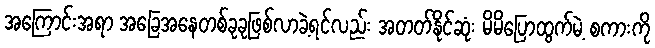
အကြောင်းအရာ အခြေအနေတစ်ခုခုဖြစ်လာခဲ့ရင်လည်း အတတ်နိုင်ဆုံး မိမိပြောထွက်မဲ့ စကားကို